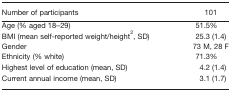
<table><thead><tr><td><b>Number of participants</b></td><td><b>101</b></td></tr></thead><tbody><tr><td>Age (% aged 18–29)</td><td>51.5%</td></tr><tr><td>BMI (mean self‐reported weight/height<sup>2</sup>, SD)</td><td>25.3 (1.4)</td></tr><tr><td>Gender</td><td>73 M, 28 F</td></tr><tr><td>Ethnicity (% white)</td><td>71.3%</td></tr><tr><td>Highest level of education (mean, SD)</td><td>4.2 (1.4)</td></tr><tr><td>Current annual income (mean, SD)</td><td>3.1 (1.7)</td></tr></tbody></table>